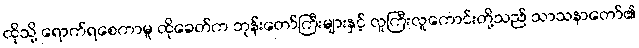
ထိုသို့ ရောက်ရစေကာမူ ထိုခေတ်က ဘုန်းတော်ကြီးများနှင့် လူကြီးလူကောင်းတို့သည် သာသနာတော်၏